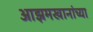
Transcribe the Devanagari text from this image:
आझमखानांच्या